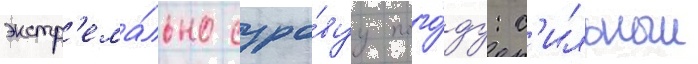
экстр'ема́льно суро́вуу пого́ду: с'ильныи